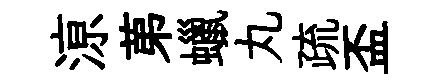
鿌苐蠟丸疏盃